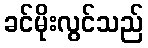
ခင်မိုးလွင်သည်